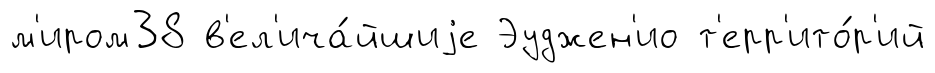
м'иром38 в'ел'ича́йшиjе Эуджен'ио т'ерр'ито́р'ий